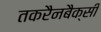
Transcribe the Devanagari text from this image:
तकरैनबैक्सी